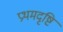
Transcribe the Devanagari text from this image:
प्रथमदृष्टि